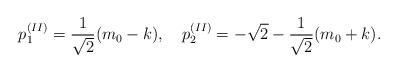
LaTeX: \begin{align*}p^{(II)}_1=\frac{1}{\sqrt{2}}(m_0-k),~~~p^{(II)}_2=-\sqrt{2}-\frac{1}{\sqrt{2}}(m_0+k).\end{align*}